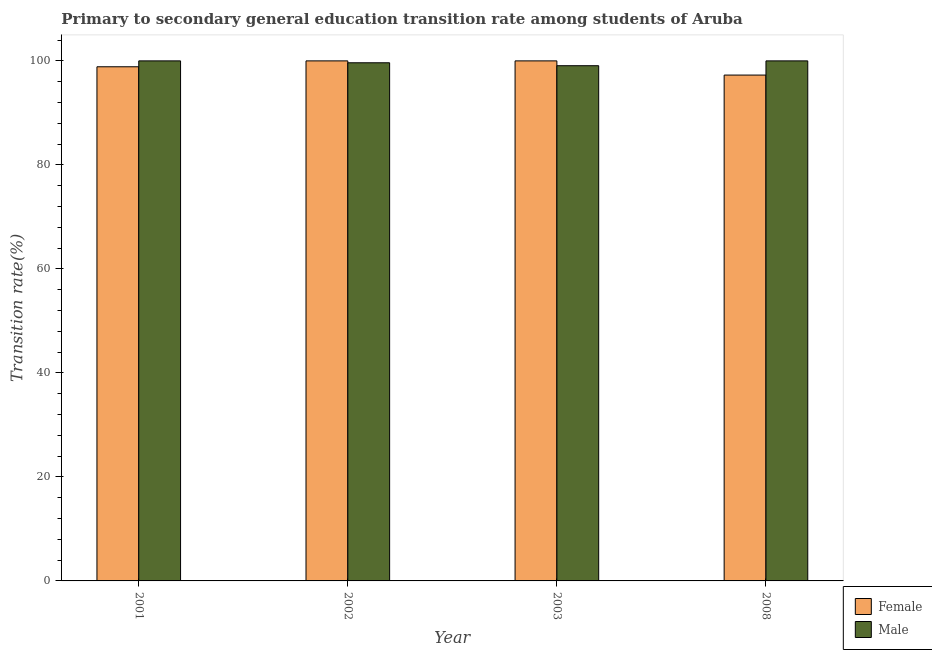
| Year | Female | Male |
 | --- | --- | --- |
 | 2001 | 98.9 | 100 |
 | 2002 | 100 | 99.6 |
 | 2003 | 100 | 99.1 |
 | 2008 | 97.3 | 100 |